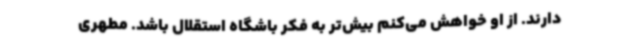
دارند. از او خواهش می‌کنم بیش‌تر به فکر باشگاه استقلال باشد. مطهری